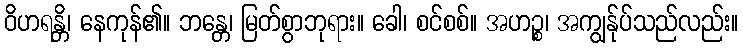
ဝိဟရန္တိ၊ နေကုန်၏။ ဘန္တေ၊ မြတ်စွာဘုရား။ ခေါ၊ စင်စစ်။ အဟဉ္စ၊ အကျွန်ုပ်သည်လည်း။